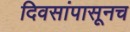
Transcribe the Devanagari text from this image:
दिवसांपासूनच